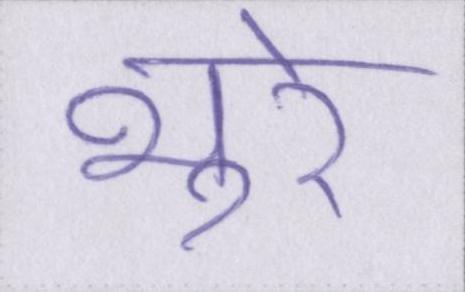
भूरे